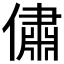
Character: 𠏐